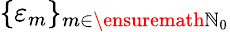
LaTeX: \{ \varepsilon_{m}\} _{m\in\ensuremath{\mathbb{N}}_{0}}